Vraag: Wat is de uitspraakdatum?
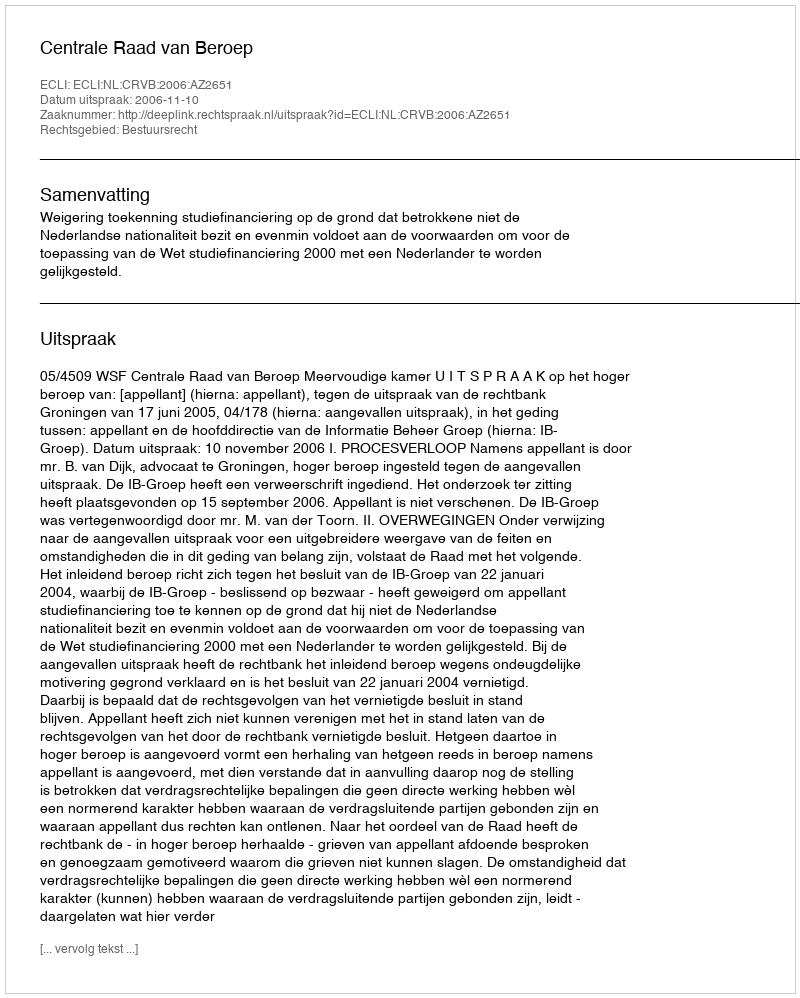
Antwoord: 2006-11-10